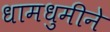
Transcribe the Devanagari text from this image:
धामधुमीने